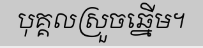
បុគ្គលស្រួចឆ្នើម។